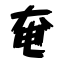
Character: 奄